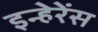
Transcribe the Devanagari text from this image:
इन्हेरेंस